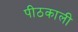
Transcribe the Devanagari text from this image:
पीठकाली